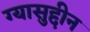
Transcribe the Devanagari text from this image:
ग्यासुद्दीन